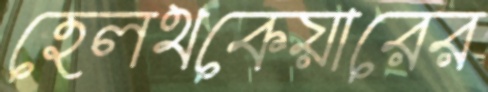
হেলথকেয়ারের